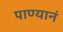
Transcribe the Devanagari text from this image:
पाण्यानं